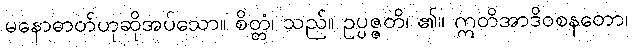
မနောဓာတ်ဟုဆိုအပ်သော။ စိတ္တံ၊ သည်။ ဥပ္ပဇ္ဇတိ၊ ၏။ ဣတိအာဒိဝစနတော၊